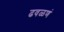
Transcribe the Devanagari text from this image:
ढवळणं